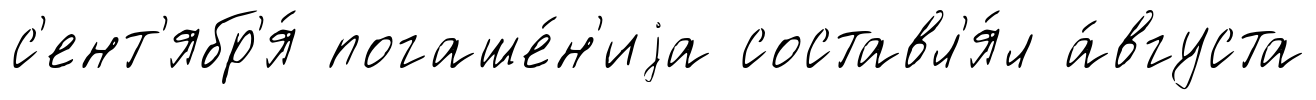
с'ент'ябр'я́ погаше́н'иjа составл'я́л а́вгуста